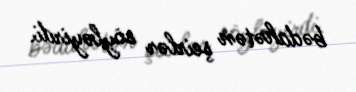
bədahətən şeirlər söyləyirdi.